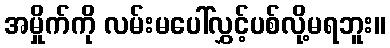
အမှိုက်ကို လမ်းမပေါ်လွှင့်ပစ်လို့မရဘူး။